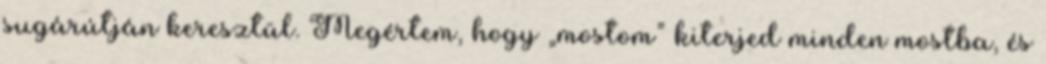
sugárútján keresztül. Megértem, hogy „mostom” kiterjed minden mostba, és